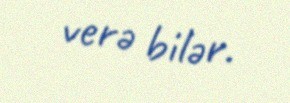
verə bilər.